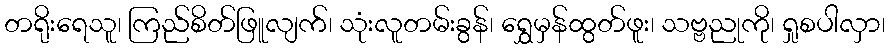
တရိုးရေသူ၊ ကြည်စိတ်ဖြူလျက်၊ သုံးလူတမ်းခွန်၊ ရွှေမှန်ထွတ်ဖူး၊ သဗ္ဗညုကို၊ ရှုစပါလှာ၊